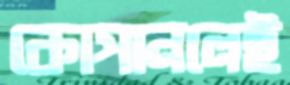
কোপানলেই